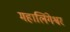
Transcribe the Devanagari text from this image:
महालिंगेश्वर